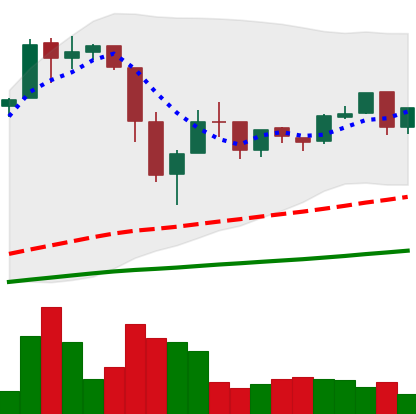
Ticker: BTC-USD
Chart end date: 2016-07-04
Forward return: -4.783%
Label: down_3_5